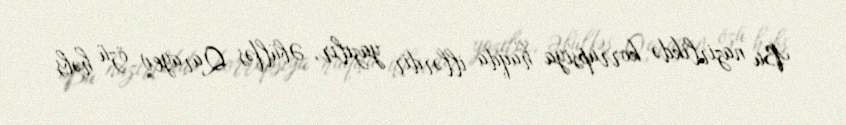
Bu nazirlikdə korrupsiya haqda illərdir yazılır, Əbülfəs Qarayev özü həbs